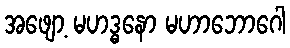
အဖျော့ မဟဒ္ဓနော မဟာဘောဂေါ